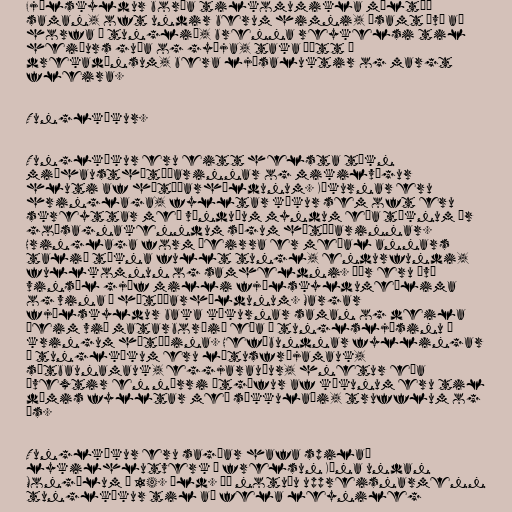
Fjölskyldur borða tilkomumikla máltíð
saman, oft undir berum himni, ásamt því að
horfa á tunglið, brenna reykelsi til
heiðurs guða og gyðja, taka þátt í
drekadönsum, bera ljósaluktir og margt
fleira.

Tunglkökur.

Tunglkökur eru eitt helsta tákn
miðhausthátíðarinnar og mikilvægur
hluti af hátíðarhöldunum. Kökurnar eru
hringlaga, fylltar kökur sem oft eru
skreyttar með vönduðum myndum eða táknum úr
goðsagnakenndum sögum hátíðarinnar.
Hringlaga form þeirra er meðal annars
talið tákna fullt tungl, endurfundi,
fullkomnun og samheldni. Þær eru því
vinsæl gjöf milli fjölskyldumeðlima
og vina í hátíðarhöldunum. Margar
fjölskyldur baka kökurnar saman og deila
þeim við matarborðið eða í tunglsljósinu í
kringum hátíðina. Hefðbundnar fyllingar
í tunglkökum eru lótusfræjamauk,
sætbaunamauk, eggjarauður, hnetur eða
ávextir en nýrri útgáfur af kökunum eru til
dæmis fylltar með súkkulaði, trufflum og
ís.

Tunglkökur eru sagðar hafa spilað
lykilhlutverk í frelsun Kína undan
Mongólum á 14. öld. Þá notuðu uppreisnarmenn
tunglkökur til að fela leynileg